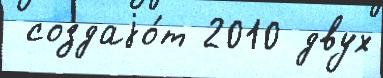
 создаjо́т 2010 двух